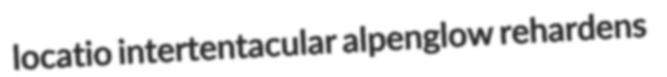
locatio intertentacular alpenglow rehardens